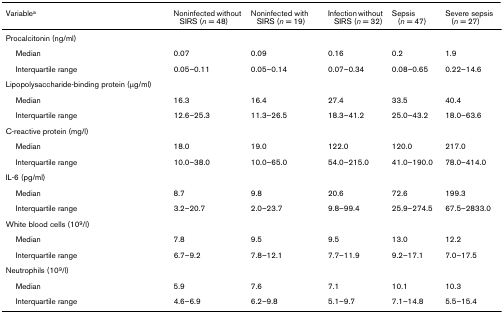
| Variablea | Noninfected without SIRS (n = 48) | Noninfected with SIRS (n = 19) | Infection without SIRS (n = 32) | Sepsis(n = 47) | Severe sepsis(n = 27) |
 | --- | --- | --- | --- | --- | --- |
 | Procalcitonin (ng/ml) |  |  |  |  |  |
 | Median | 0.07 | 0.09 | 0.16 | 0.2 | 1.9 |
 | Interquartile range | 0.05–0.11 | 0.05–0.14 | 0.07–0.34 | 0.08–0.65 | 0.22–14.6 |
 | Lipopolysaccharide-binding protein (μg/ml) |  |  |  |  |  |
 | Median | 16.3 | 16.4 | 27.4 | 33.5 | 40.4 |
 | Interquartile range | 12.6–25.3 | 11.3–26.5 | 18.3–41.2 | 25.0–43.2 | 18.0–63.6 |
 | C-reactive protein (mg/l) |  |  |  |  |  |
 | Median | 18.0 | 19.0 | 122.0 | 120.0 | 217.0 |
 | Interquartile range | 10.0–38.0 | 10.0–65.0 | 54.0–215.0 | 41.0–190.0 | 78.0–414.0 |
 | IL-6 (pg/ml) |  |  |  |  |  |
 | Median | 8.7 | 9.8 | 20.6 | 72.6 | 199.3 |
 | Interquartile range | 3.2–20.7 | 2.0–23.7 | 9.8–99.4 | 25.9–274.5 | 67.5–2833.0 |
 | White blood cells (109/l) |  |  |  |  |  |
 | Median | 7.8 | 9.5 | 9.5 | 13.0 | 12.2 |
 | Interquartile range | 6.7–9.2 | 7.8–12.1 | 7.7–11.9 | 9.2–17.1 | 7.0–17.5 |
 | Neutrophils (109/l) |  |  |  |  |  |
 | Median | 5.9 | 7.6 | 7.1 | 10.1 | 10.3 |
 | Interquartile range | 4.6–6.9 | 6.2–9.8 | 5.1–9.7 | 7.1–14.8 | 5.5–15.4 |